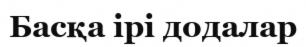
Басқа ірі додалар